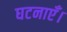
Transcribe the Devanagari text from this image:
घटनाएँ।